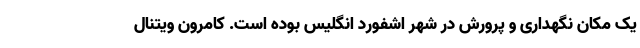
یک مکان نگهداری و پرورش در شهر اشفورد انگلیس بوده است. کامرون ویتنال